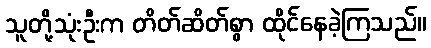
သူတို့သုံးဦးက တိတ်ဆိတ်စွာ ထိုင်နေခဲ့ကြသည်။